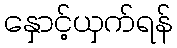
နှောင့်ယှက်ရန်